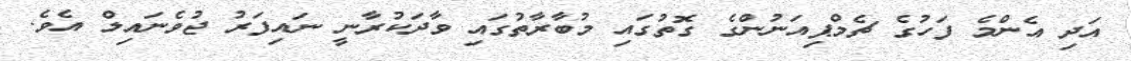
އަދި އެންމެ ފަހުގެ ޗެމްޕިއަނުންގެ ގޮޮތުގައި މުބާރާތުގައި ވާދަކުރާނީ ނައިފަރު ޖުވެނައިލް އެވެ.